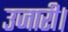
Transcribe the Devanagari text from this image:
उजारी।